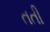
તતી